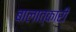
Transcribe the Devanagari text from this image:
बालात्कारी